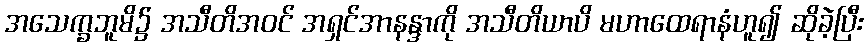
အသေက္ခဘူမိ၌ အသီတိအဝင် အရှင်အာနန္ဒာကို အသီတိယာပိ မဟာထေရာနံဟူ၍ ဆိုခဲ့ပြီး